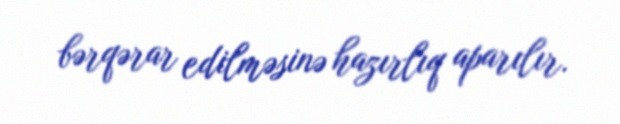
bərqərar edilməsinə hazırlıq aparılır.